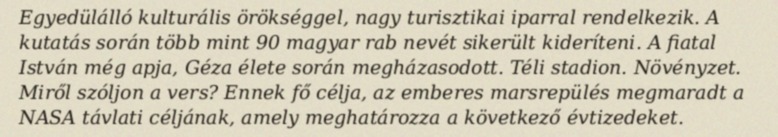
Egyedülálló kulturális örökséggel, nagy turisztikai iparral rendelkezik. A kutatás során több mint 90 magyar rab nevét sikerült kideríteni. A fiatal István még apja, Géza élete során megházasodott. Téli stadion. Növényzet. Miről szóljon a vers? Ennek fő célja, az emberes marsrepülés megmaradt a NASA távlati céljának, amely meghatározza a következő évtizedeket.